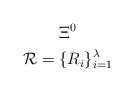
LaTeX: \begin{gather*}\Xi^0 \\\mathcal{R}=\{R_{i}\}_{i=1}^{\lambda} \end{gather*}